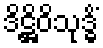
ဒိဋ္ဌိဝိသုဒ္ဓိံ